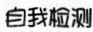
自我检测